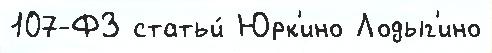
107-ФЗ статьи́ Юрк'ино Лодыг'ино